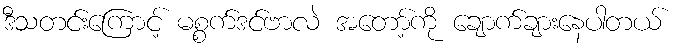
ဒီသတင်းကြောင့် မစ္စက်ဒင်ဗာလဲ အတော့်ကို ချောက်ချားနေပါတယ်